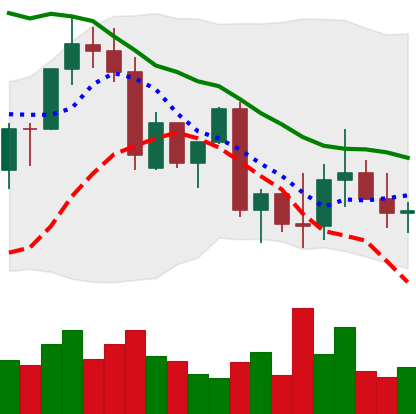
Ticker: ADA-USD
Chart end date: 2022-09-26
Forward return: -3.685%
Label: down_3_5